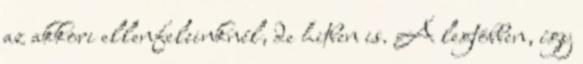
az akkori ellenfeleinknél, de hitben is. A legtöbben, így